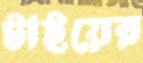
টাইয়ের